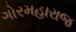
ગોરમહારાજ